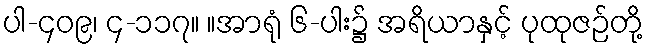
ပါ-၄၀၉၊ ၄-၁၁၇။ ။အာရုံ ၆-ပါး၌ အရိယာနှင့် ပုထုဇဉ်တို့